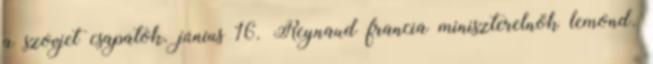
a szovjet csapatok. június 16. Reynaud francia miniszterelnök lemond.